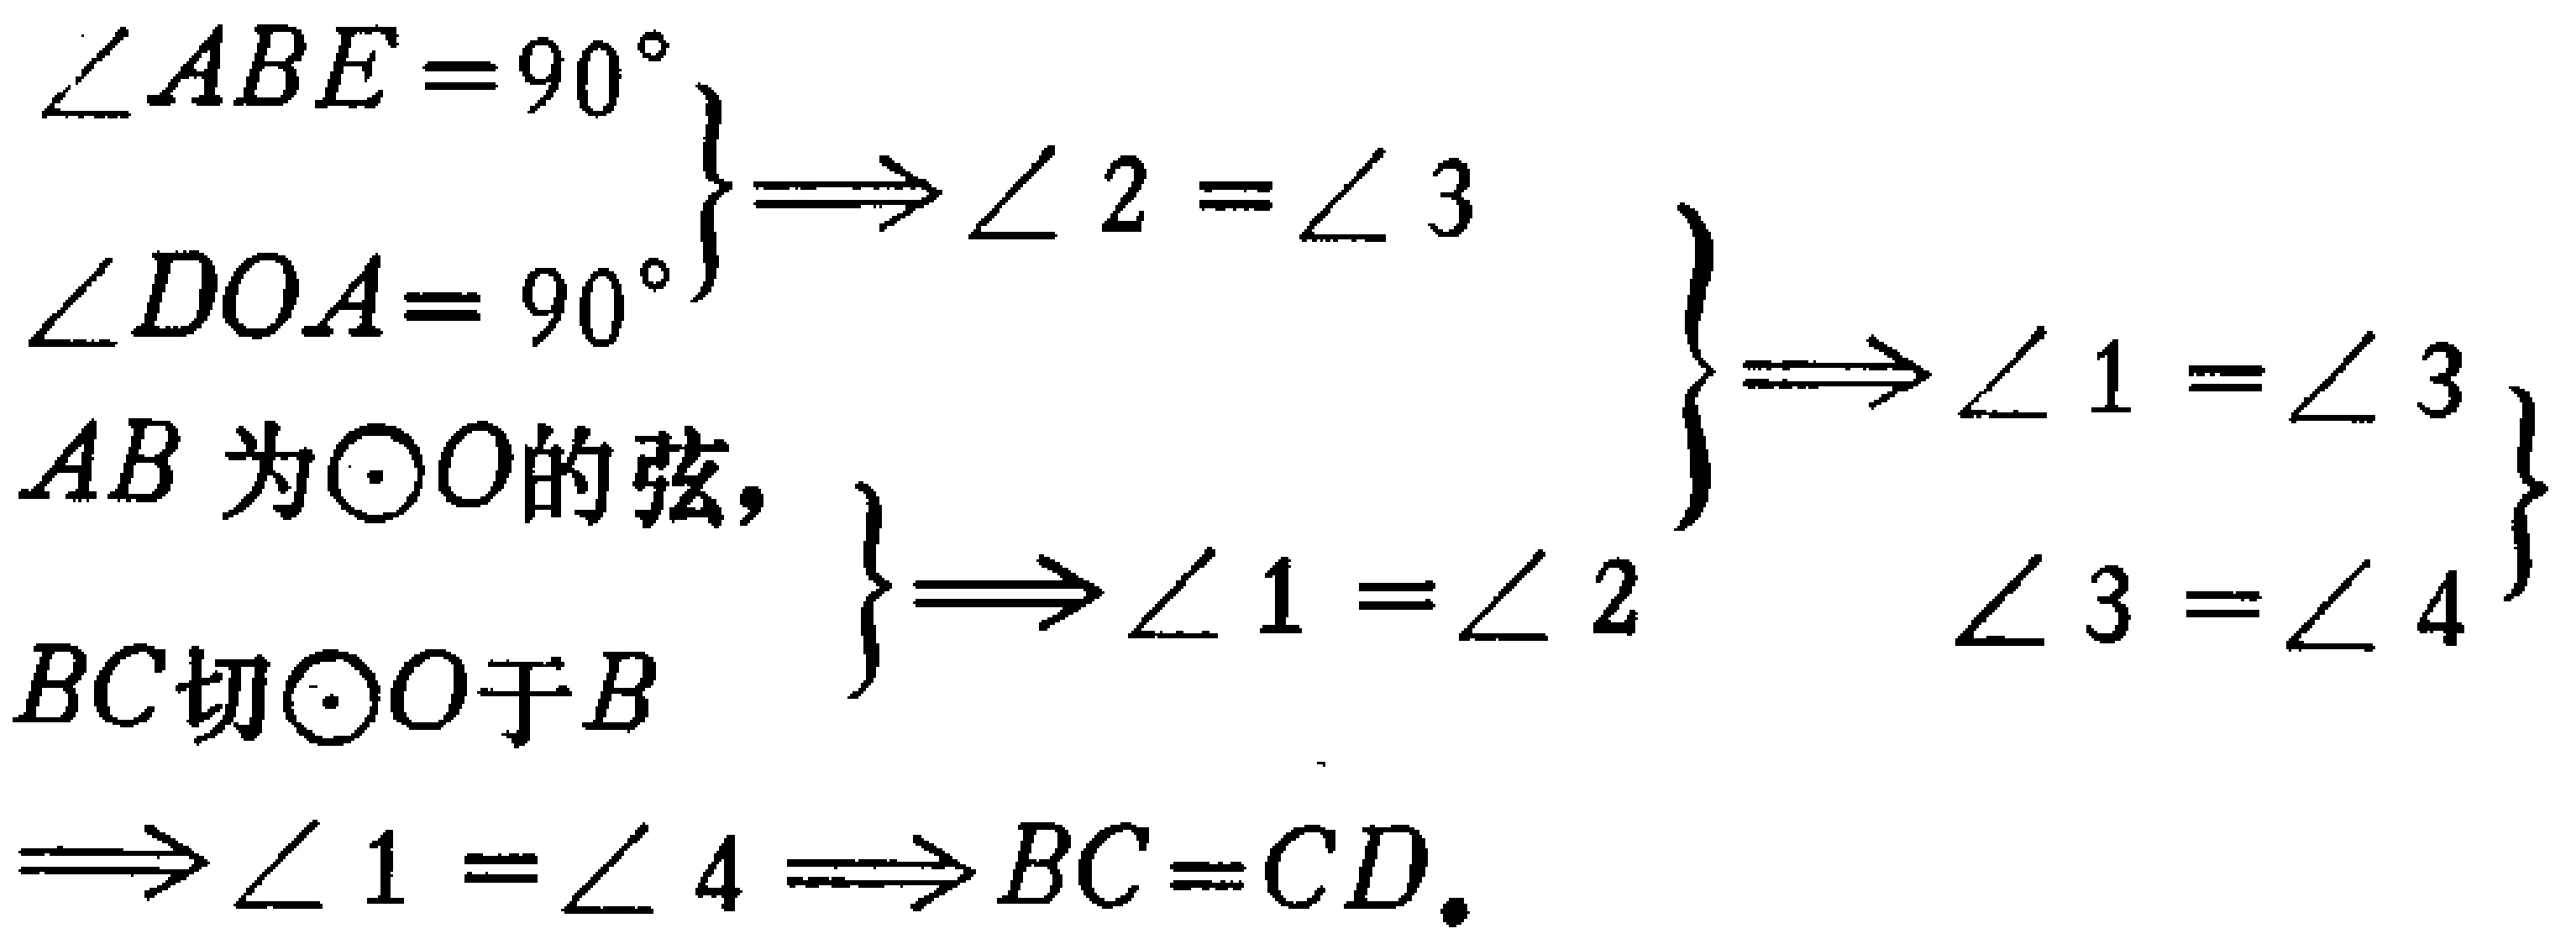
$\left.\begin{array}{l}
\angle ABE = 90^{\circ}\\
\angle DOA = 90^{\circ}
\end{array}\right\} \Longrightarrow \angle 2=\angle 3$
$\left.\begin{array}{l}
AB\text{ 为}\odot O\text{的弦},\\
BC\text{切}\odot O\text{于}B
\end{array}\right\} \Longrightarrow \angle 1=\angle 2$
$\left.\begin{array}{l}
\angle 1=\angle 3\\
\angle 3=\angle 4
\end{array}\right\} \Longrightarrow \angle 1=\angle 4\Longrightarrow BC = CD.$